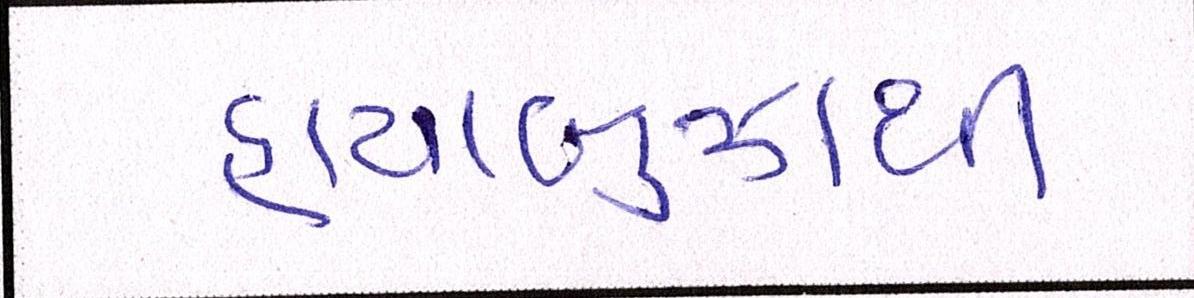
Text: હાયાબુઝાથી